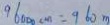
9 6 0 0 0 c m = 9 6 0 m